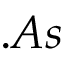
. A s